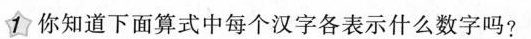
1 你知道下面算式中每个汉字各表示什么数字吗?